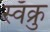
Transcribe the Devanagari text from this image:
स्वॅक्रु